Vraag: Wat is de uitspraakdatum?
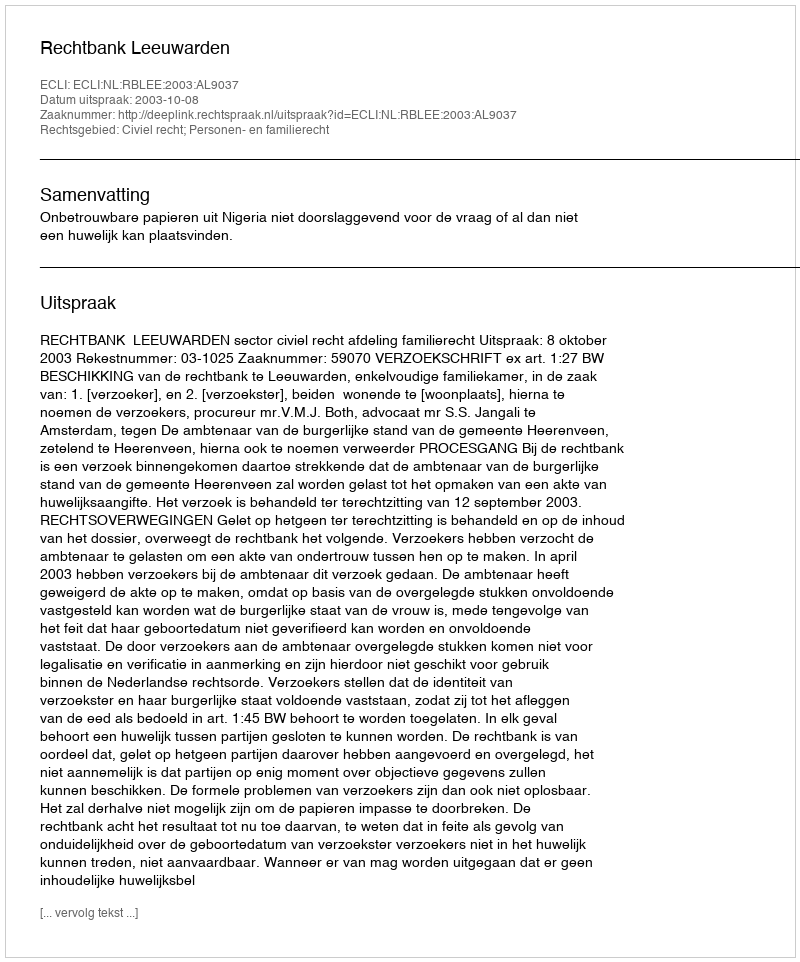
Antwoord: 2003-10-08